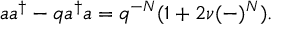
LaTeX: a a ^ { \dagger } - q a ^ { \dagger } a = q ^ { - N } ( 1 + 2 \nu ( - ) ^ { N } ) .